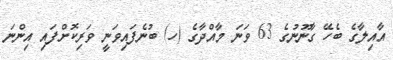
އާއިލާގެ ބެހޭ ގާނޫނުގެ 63 ވަނަ މާއްދާގެ (ހ) ބުނެފައިވަނީ ވަރިކޮށްފައި އިންނަ